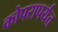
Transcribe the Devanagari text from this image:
कोपरापर्यंत